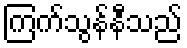
ကြက်သွန်နီသည်